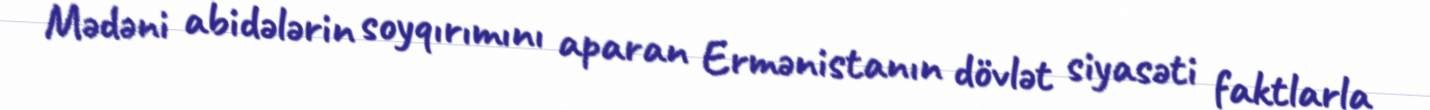
Mədəni abidələrin soyqırımını aparan Ermənistanın dövlət siyasəti faktlarla